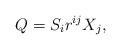
LaTeX: \begin{align*}Q=S_ir^{ij}X_j,\end{align*}